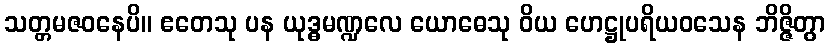
သတ္တမဇဝနေပိ။ ဧတေသု ပန ယုဒ္ဓမဏ္ဍလေ ယောဓေသု ဝိယ ဟေဋ္ဌုပရိယဝသေန ဘိဇ္ဇိတွာ